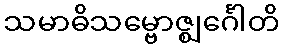
သမာဓိသမ္ဗောဇ္ဈင်္ဂေါတိ